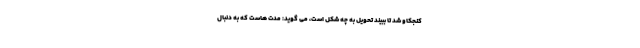
کنجکاو شد تا ببیند تحویل به چه شکل است، می گوید: مدت هاست که به دنبال